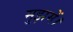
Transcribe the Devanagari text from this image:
मुझमें।